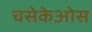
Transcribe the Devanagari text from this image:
चसेकेओस